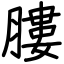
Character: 膢